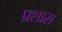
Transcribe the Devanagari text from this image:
प्रशास